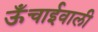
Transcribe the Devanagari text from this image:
ऊँचाईवाली